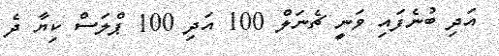
އަދި ބުނެފައި ވަނީ ޗެނަލް 100 އަދި 100 ޕްލަސް ކިޔާ ދެ